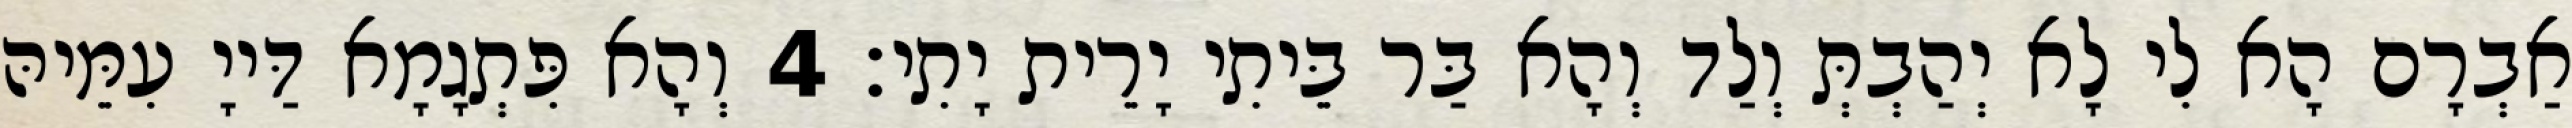
אַבְרָם הָא לִי לָא יְהַבְתְּ וְלַד וְהָא בַּר בֵּיתִי יָרֵית יָתִי׃ 4 וְהָא פִּתְגָמָא דַּייָ עִמֵּיהּ